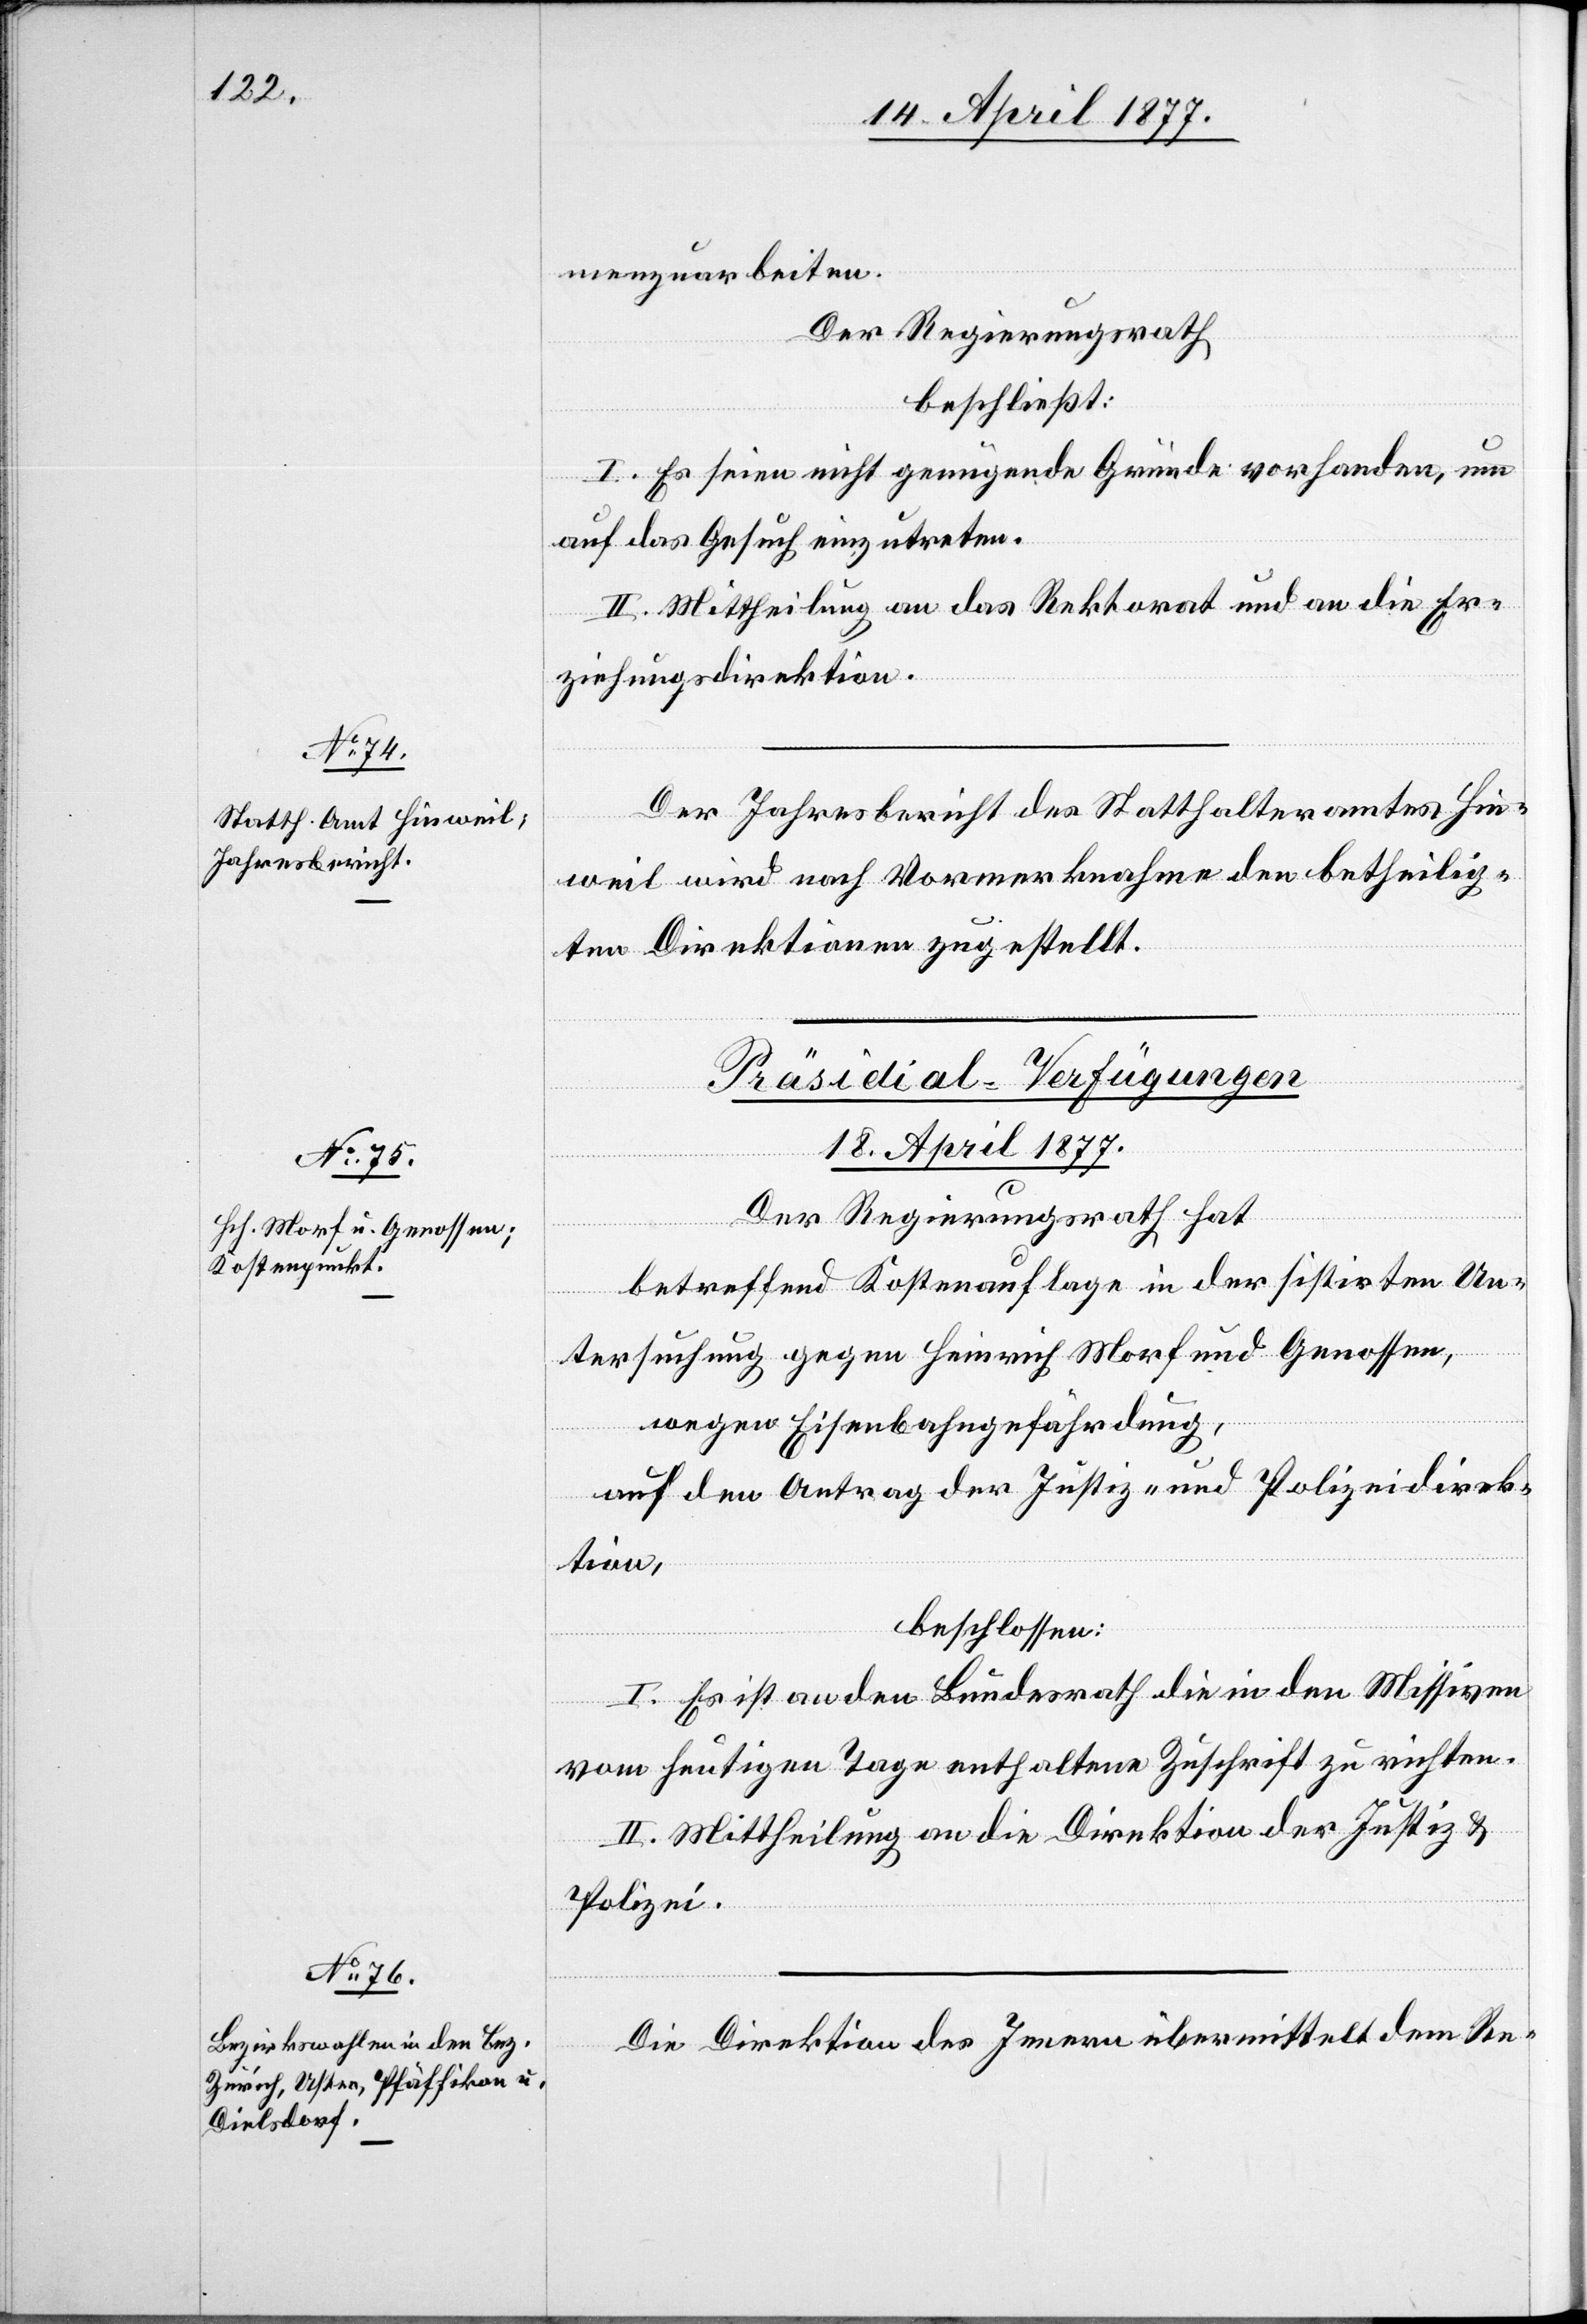
menzuarbeiten.
der Regierungsrath
beschließt:
I. Es seien nicht genügende Gründe vorhanden, um
auf das Gesuch einzutreten.
II. Mittheilung an das Rektorat und an die Er¬
ziehungsdirektion.
Der Jahresbericht des Statthalteramtes Hin¬
weil wird nach Vormerknahme den betheilig¬
ten Direktionen zugestellt.
[Präsidial-Verfügungen
18. April 1877.]
Der Regierungsrath hat,
betreffend Kostenauflage in der sistirten Un¬
tersuchung gegen Heinrich Morf und Genossen,
wegen Eisenbahngefährdung,
auf den Antrag der Justiz- und Polizeidirek¬
tion,
beschlossen:
I. Es ist an den Bundesrath die in den Missiven
vom heutigen Tage enthaltene Zuschrift zu richten.
II. Mittheilung an die Direktion der Justiz &
Polizei.
Die Direktion des Innern übermittelt dem Re-